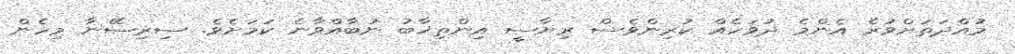
މުއްދަތަށްވުރެ އެންމެ ދުވަހެއް ކުރިންވެސް ރިޔާސީ އިންތިޚާބު ނުބާއްވާނެ ކަމަށެވެ. ސިރިސޭނާ މިހެން